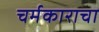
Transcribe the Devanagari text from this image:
चर्मकाराचा